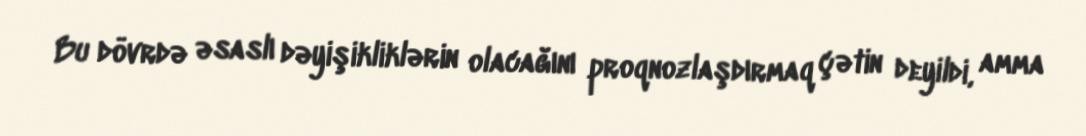
Bu dövrdə əsaslı dəyişikliklərin olacağını proqnozlaşdırmaq çətin deyildi, amma